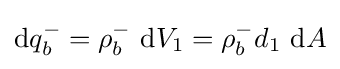
\mathrm {d} q_{b}^{-}=\rho _{b}^{-}\ \mathrm {d} V_{1}=\rho _{b}^{-}d_{1}\ \mathrm {d} A